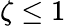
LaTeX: \zeta\leq 1